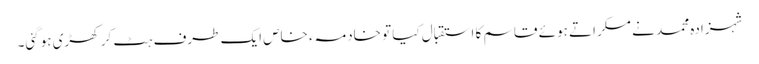
شہزادہ محمد نے مسکراتے ہوئے قاسم کا استقبال کیا تو خادمہء خاص ایک طرف ہٹ کر کھڑی ہوگئی۔